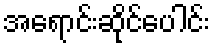
အရောင်းဆိုင်ပေါင်း